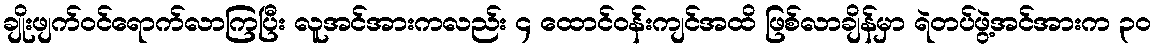
ချိုးဖျက်ဝင်ရောက်လာကြပြီး လူအင်အားကလည်း ၄ ထောင်ဝန်းကျင်အထိ ဖြစ်လာချိန်မှာ ရဲတပ်ဖွဲ့အင်အားက ၃၀